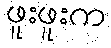
ဖူးဖူးက